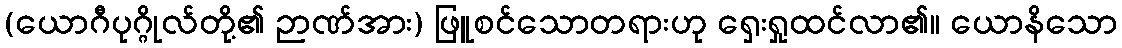
(ယောဂီပုဂ္ဂိုလ်တို့၏ ဉာဏ်အား) ဖြူစင်သောတရားဟု ရှေးရှုထင်လာ၏။ ယောနိသော